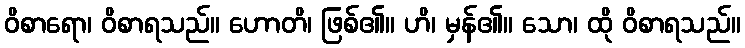
ဝိစာရော၊ ဝိစာရသည်။ ဟောတိ၊ ဖြစ်၏။ ဟိ၊ မှန်၏။ သော၊ ထို ဝိစာရသည်။